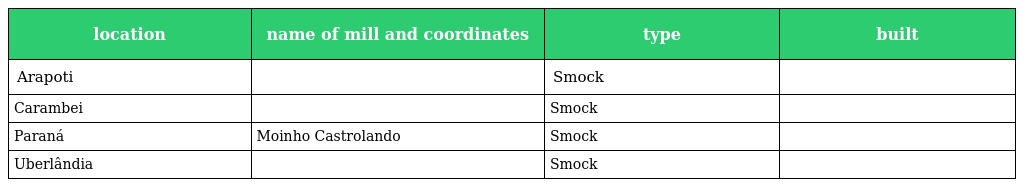
| location | name of mill and coordinates | type | built |
 | --- | --- | --- | --- |
 | Arapoti |  | Smock |  |
 | Carambei |  | Smock |  |
 | Paraná | Moinho Castrolando | Smock |  |
 | Uberlândia |  | Smock |  |